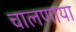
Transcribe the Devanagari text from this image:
चालणाया